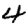
Digit: 4